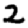
Digit: 2